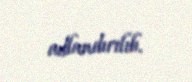
adlandırılıb.